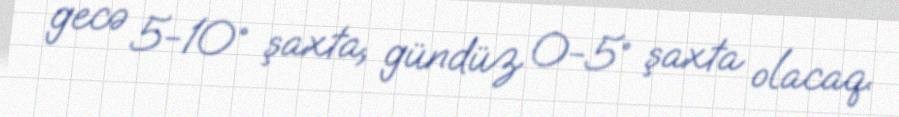
gecə 5-10° şaxta, gündüz 0-5° şaxta olacaq.